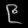
Digit: ၉